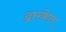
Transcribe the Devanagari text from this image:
द्वारकेत